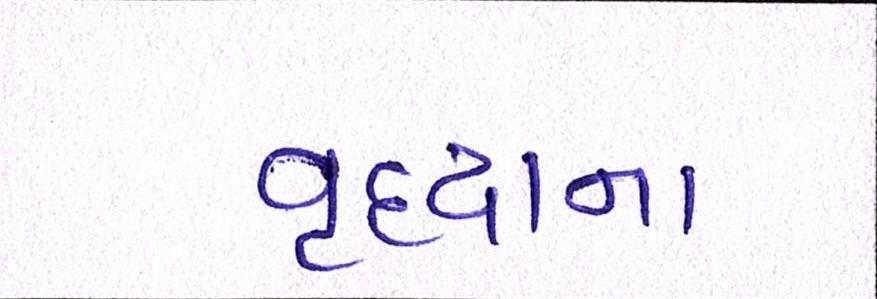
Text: વૃદ્ધાના